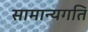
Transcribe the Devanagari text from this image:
सामान्यगति